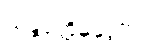
သန္တဝုတ္တိမနုဒ္ဓတံ